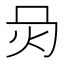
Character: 𤆙